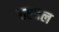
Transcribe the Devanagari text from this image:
ठरवल